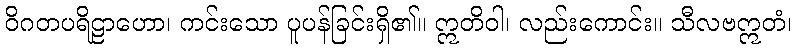
ဝိဂတပရိဠာဟော၊ ကင်းသော ပူပန်ခြင်းရှိ၏။ ဣတိဝါ၊ လည်းကောင်း။ သီလဗဣတံ၊